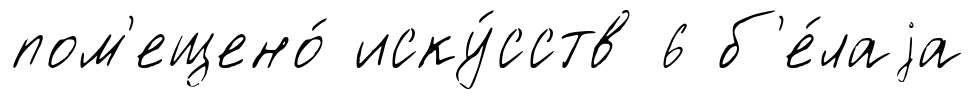
пом'ещено́ иску́сств 6 б'е́лаjа